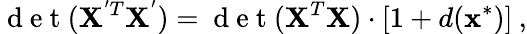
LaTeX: \mathrm{~d~e~t~}(\textbf{X}^{'T}\textbf{X}^{'})=\mathrm{~d~e~t~}(\textbf{X}^{T}\textbf{X})\cdot\left[1+d(\textbf{x}^{*})\right]\: ,